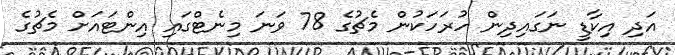
އަދި އިކާޑީ ނަގައިދިން ހުރަހަކުން މެޗުގެ 78 ވަނަ މިނެޓްގައި އިންޓައަށް މެޗުގެ